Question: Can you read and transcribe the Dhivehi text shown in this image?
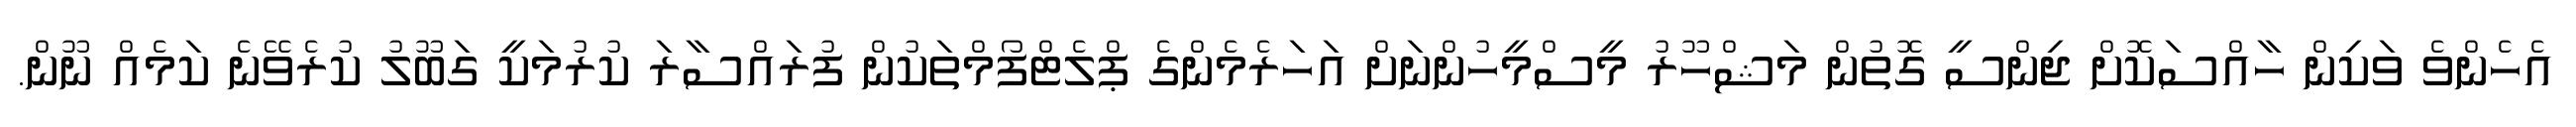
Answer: އެހެންވެ ވަކިން ހާއްސަކޮށް ޖިންސީ ގޮތުން މަޝްހޫރު މީސްމީހުންނަށް އަހަރެމެންގެ ޕްލެޓްފޯމްތަކުން ފުރައްސާރަ ކުރުމަކީ ގަބޫލު ކުރެވޭނެ ކަމެއް ނޫން.